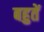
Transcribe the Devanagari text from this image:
बहुतें